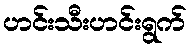
ဟင်းသီးဟင်းရွက်